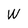
Character: W